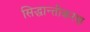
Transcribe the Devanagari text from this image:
सिद्धान्तीकरण